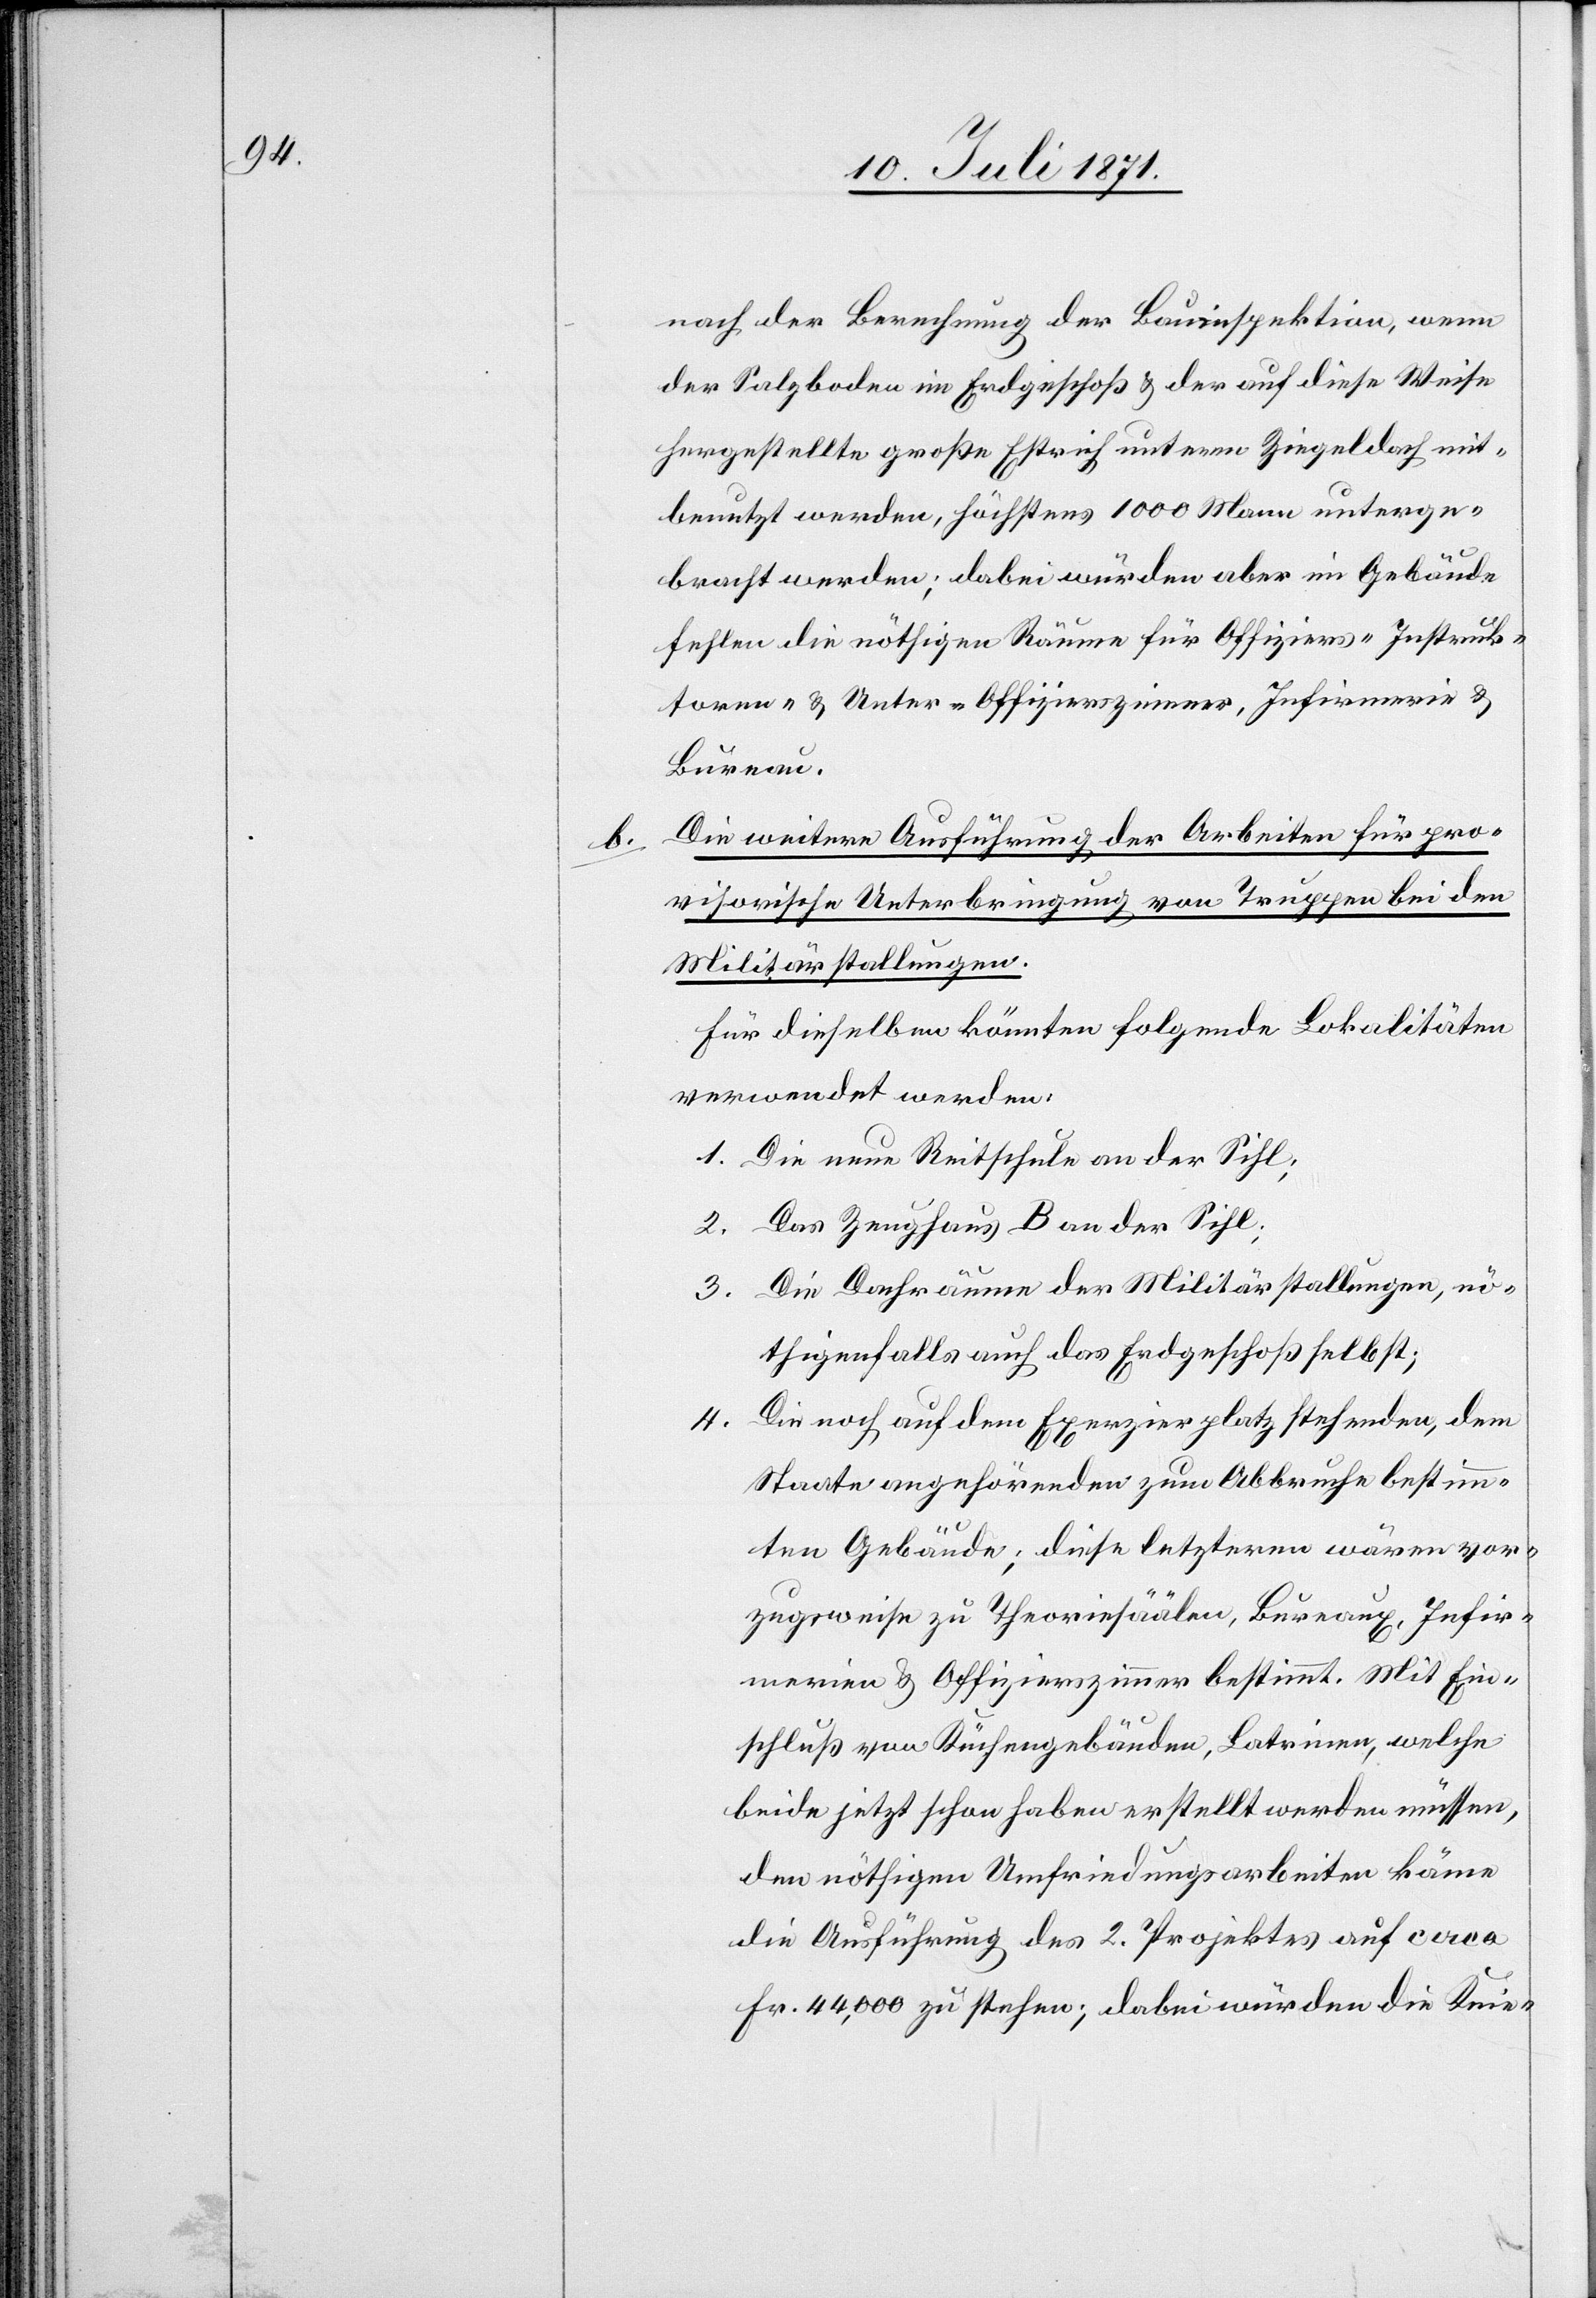
b.

nach der Berechnung der Bauinspektion, wenn
der Salzboden im Erdgeschoß u. der auf diese Weise
hergestellte große Estrich unterm Ziegeldach mit¬
benutzt werden, höchstens 1000 Mann unterge¬
bracht werden; dabei würden aber im Gebäude
fehlen die nöthigen Räume für Offiziers- Instruk¬
toren- u. Unter-Offizierszimmer, Infirmerie u.
Bureau.
Die weitere Ausführung der Arbeiten für pro¬
visorische Unterbringung von Truppen bei den
Militärstallungen.
Für dieselben könnten folgende Lokalitäten
verwendet werden.
1. Die neue Reitschule an der Sihl;
2. Das Zeughaus B an der Sihl;
3. Die Dachräume der Militärstallungen, nö¬
thigenfalls auch das Erdgeschoß selbst;
4. Die noch auf dem Exerzierplatz stehenden, dem
Staate angehörenden zum Abbruche bestimm¬
ten Gebäude; diese letzteren wären vor¬
zugsweise zu Theoriesäälen, Bureaux, Infir¬
merien u. Offizierszimmer bestimmt. Mit Ein¬
schluß von Küchengebäuden, Latrinen, welche
beide jetzt schon haben erstellt werden müssen,
den nöthigen Umfriedungsarbeiten käme
die Ausführung des 2. Projektes auf circa
Fr. 44,000 zu stehen; dabei würden die Knie-